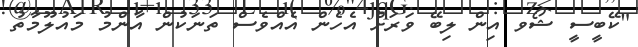
"ކޭބީސީ ޝޯވ އިން ލިބޭ ވަރަށް އެހެން އެއްވެސް ތަނަކުން އާންމު މައުލޫމާތު